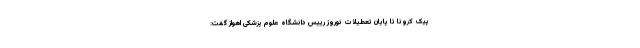
پیک کرونا تا پایان تعطیلات نوروز رییس دانشگاه علوم پزشکی اهواز گفت: